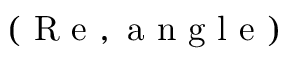
( \mathrm { ~ R ~ e ~ } , \mathrm { ~ a ~ n ~ g ~ l ~ e ~ } )